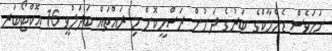
ނަމަވެސް ޑެންމާކްގެ ބަރުގެ ދަށުން ރަސްމީކޮށް މި ރައްތައް ބަދަލުވީ 16 އޮކްޓޯބަރ